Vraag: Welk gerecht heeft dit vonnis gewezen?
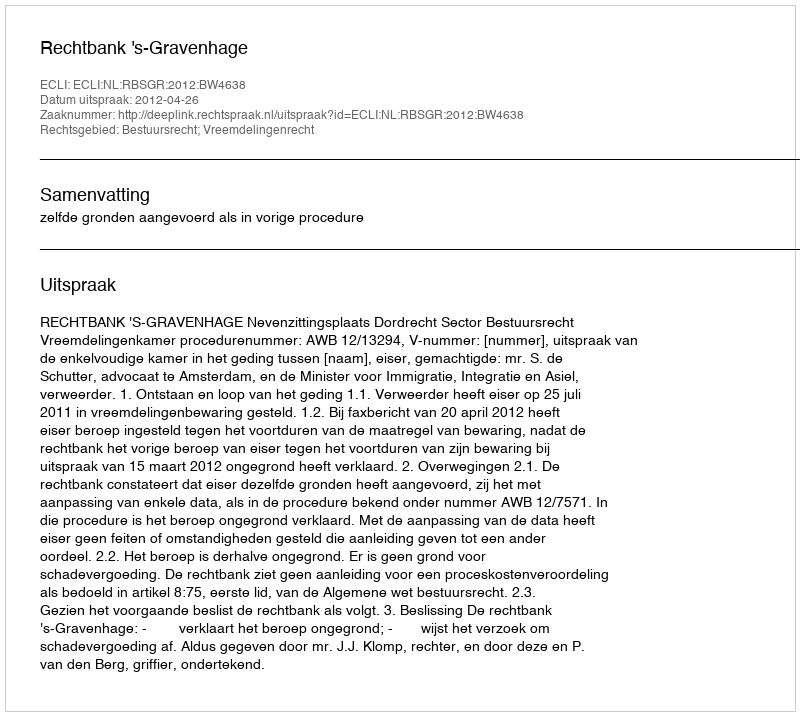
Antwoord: Rechtbank 's-Gravenhage